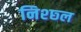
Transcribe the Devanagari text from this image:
निश्छ्ल